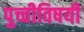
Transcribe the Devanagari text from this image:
पुच्चीविषयी